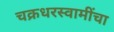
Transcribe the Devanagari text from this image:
चक्रधरस्वामींचा